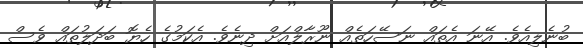
ބުނެލިއެވެ. އޭނަ އެތައް ނަސޭހަތެއް ނޫރާލްއަށް ދިނެވެ. އެކަމުގެ ހެޔޮ ބަދަލުތައް ވެސް